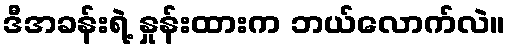
ဒီအခန်းရဲ့ နှုန်းထားက ဘယ်လောက်လဲ။